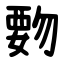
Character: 覅